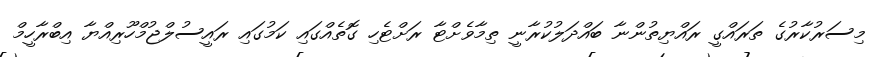
މިސަރުކާރުގެ ތަރައްގީ ރައްޔިތުންނާ ބައްދަލުކުރާނީ ތިމާވެށްޓާ ރަށްޓެހި ގޮތެއްގައި ކަމުގައި ރައީސުލްޖުމްހޫރިއްޔާ އިބްރާހީމް